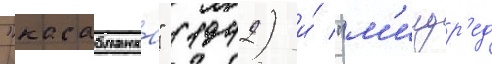
"касабланка" (1942) и́ "м'илдр'ед